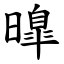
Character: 曍